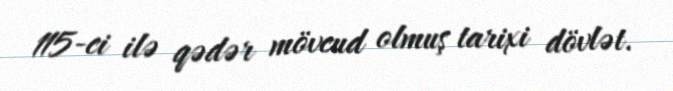
115-ci ilə qədər mövcud olmuş tarixi dövlət.